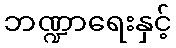
ဘဏ္ဍာရေးနှင့်